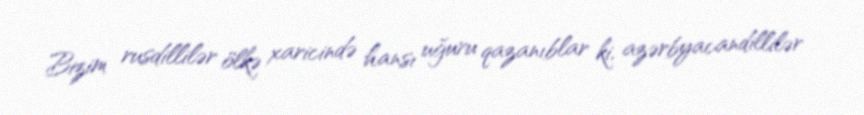
Bizim rusdillilər ölkə xaricində hansı uğuru qazanıblar ki, azərbyacandillilər